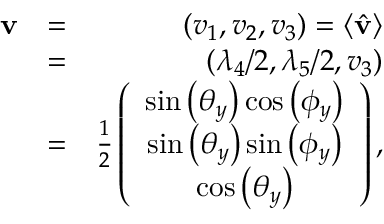
\begin{array} { r l r } { { \bf v } } & { = } & { ( v _ { 1 } , v _ { 2 } , v _ { 3 } ) = \langle \hat { \bf v } \rangle } \\ & { = } & { ( \lambda _ { 4 } / 2 , \lambda _ { 5 } / 2 , v _ { 3 } ) } \\ & { = } & { \frac { 1 } { 2 } \left( \begin{array} { c } { \sin \left( \theta _ { y } \right) \cos \left( \phi _ { y } \right) } \\ { \sin \left( \theta _ { y } \right) \sin \left( \phi _ { y } \right) } \\ { \cos \left( \theta _ { y } \right) } \end{array} \right) , } \end{array}